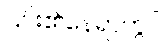
၎င်း၏နေရာတွင်